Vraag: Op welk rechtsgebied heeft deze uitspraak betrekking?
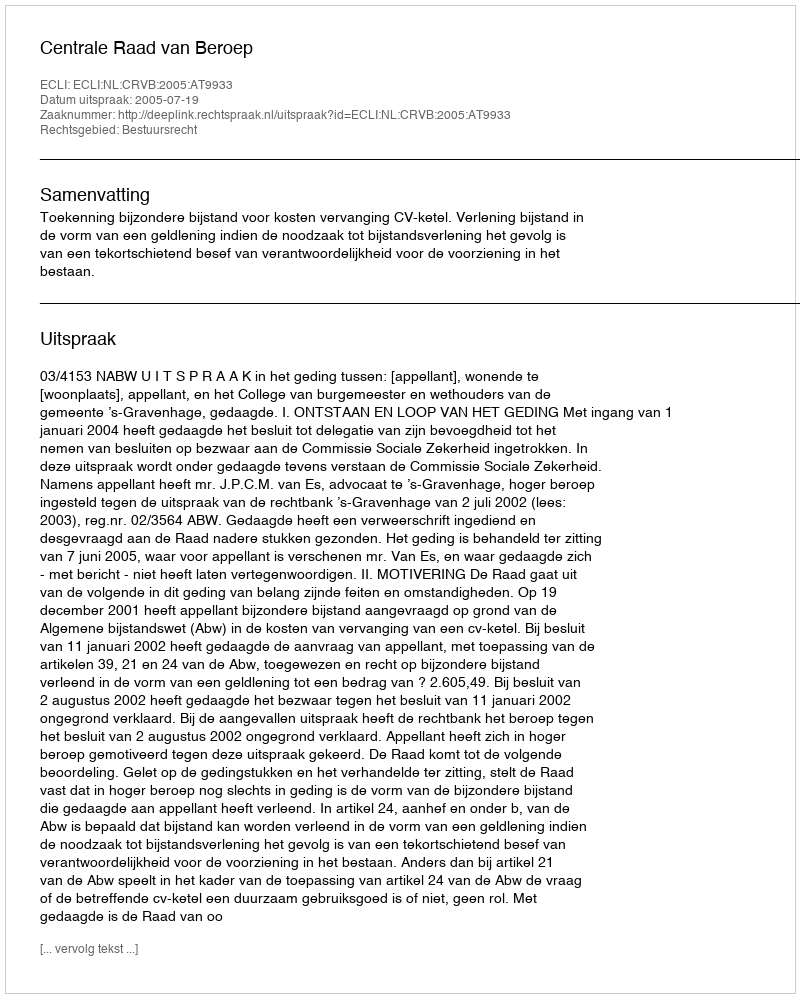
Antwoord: Bestuursrecht